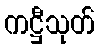
ကဋ္ဌီသုတ်